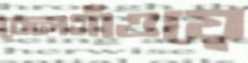
বেলগাঁওয়ে